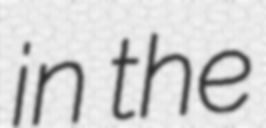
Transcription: in the